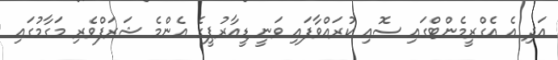
އަދި އެ އެގްރީމެންޓްގައި ސޮއި ކުރައްވާފައި ވަނީ ޑީއާރުޕީގެ އެންމެ ޝަރަފްވެރި މަގާމުގައި